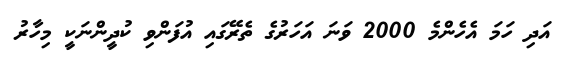
އަދި ހަމަ އެހެންމެ 2000 ވަނަ އަހަރުގެ ތެރޭގައި އުފަންވި ކުދީންނަކީ މިހާރު